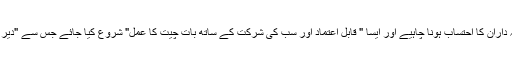
سلامتی کونسل کا کہنا تھا کہ واقعے کے ذمہ داران کا احتساب ہونا چاہیے اور ایسا " قابل اعتماد اور سب کی شرکت کے ساتھ بات چیت کا عمل" شروع کیا جائے جس سے "دیر پا امن اور استحکام لانے میں مدد مل سکے"۔